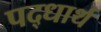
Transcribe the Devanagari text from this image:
पद्धार्थ